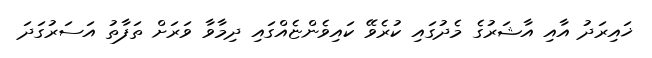
ޚައިރަދު އާއި އާޝަރުގެ މެދުގައި ކުރެވޭ ކައިވެންޏެއްގައި ދިމާވާ ވަރަށް ތަފާތު އަސަރުގަދަ